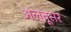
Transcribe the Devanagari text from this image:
अलतूसर